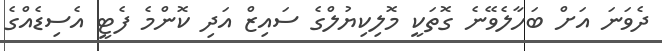
ދެވަނަ އަށް ބަހާލެވޭނެ ގޮތަކީ މޮލިކިޔުލްގެ ސައިޒް އަދި ކޮންމެ ފެޓީ އެސިޑެއްގެ